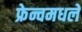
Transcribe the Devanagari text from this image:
फ्रेन्चमधले